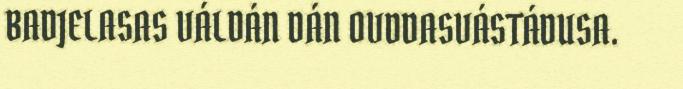
BADJELASAS VÁLDÁN DÁN OVDDASVÁSTÁDUSA.